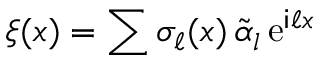
\xi ( x ) = \sum \sigma _ { \ell } ( x ) \, \widetilde \alpha _ { l } \, \mathrm { e } ^ { \mathsf { i } \ell x }